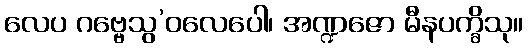
လေပ ဂဗ္ဗေသွ’ဝလေပေါ၊ အဏ္ဍဇော မီနပက္ခိသု။